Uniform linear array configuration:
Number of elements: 48
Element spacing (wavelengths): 0.5
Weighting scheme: uniform
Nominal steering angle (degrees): -60
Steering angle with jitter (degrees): -60.923
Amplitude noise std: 0.05
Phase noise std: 0.05

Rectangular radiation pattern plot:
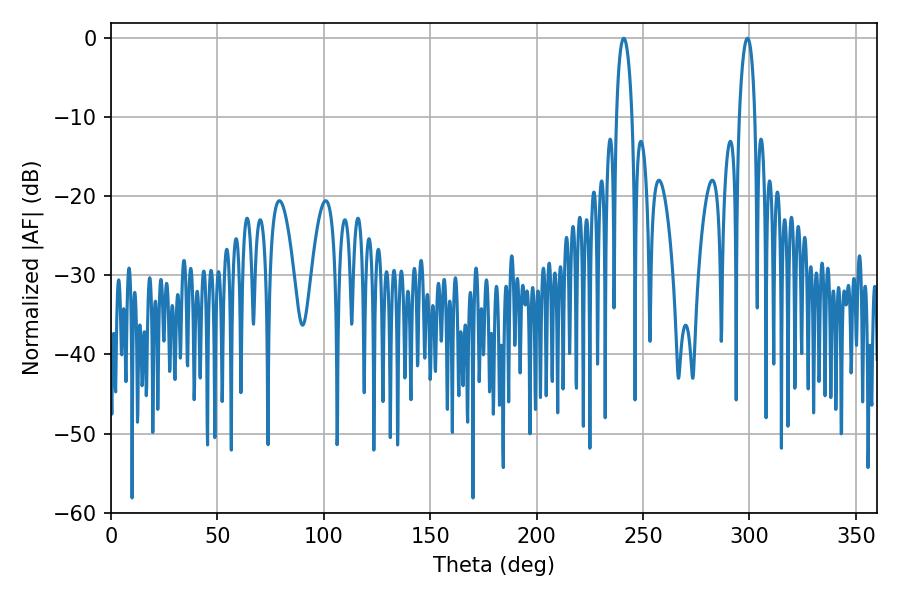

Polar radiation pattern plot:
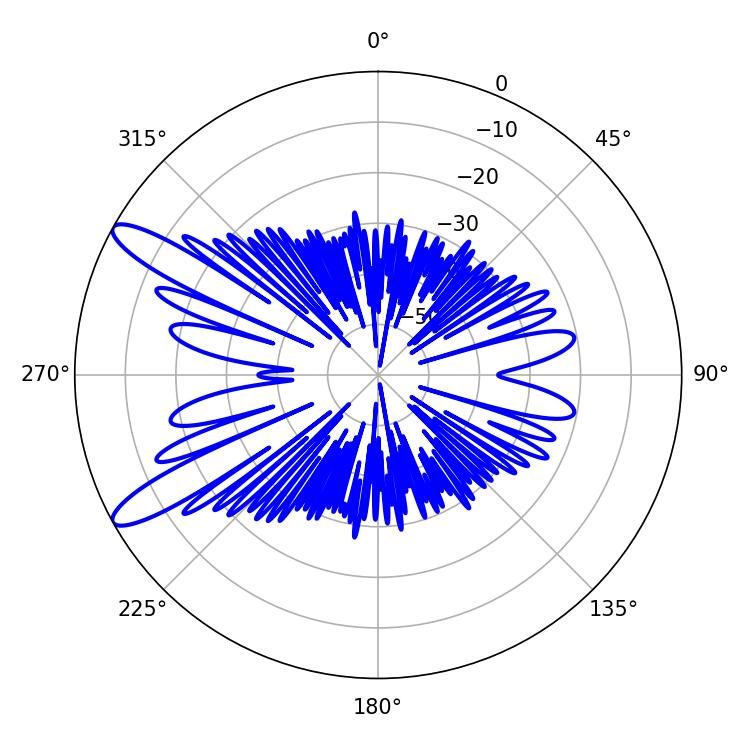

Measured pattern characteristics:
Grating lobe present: FALSE
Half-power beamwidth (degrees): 4.14
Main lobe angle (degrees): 298.98